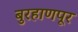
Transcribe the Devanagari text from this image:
बुरहाणपूर